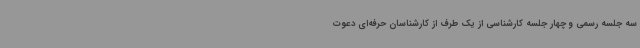
سه جلسه رسمی و چهار جلسه کارشناسی از یک طرف از کارشناسان حرفه‌ای دعوت